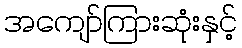
အကျော်ကြားဆုံးနှင့်